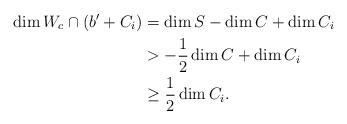
LaTeX: \begin{align*}\dim W_c\cap (b'+C_i) &= \dim S - \dim C + \dim C_i\\&> -\frac{1}{2} \dim C + \dim C_i\\&\geq \frac{1}{2} \dim C_i.\end{align*}